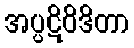
အပ္ပဋိဝိဒိတာ